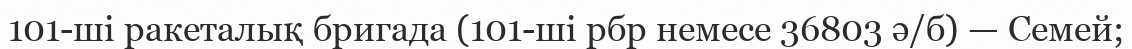
101-ші ракеталық бригада (101-ші рбр немесе 36803 ә/б) — Семей;